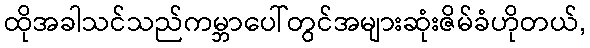
ထိုအခါသင်သည်ကမ္ဘာပေါ်တွင်အများဆုံးဇိမ်ခံဟိုတယ်,